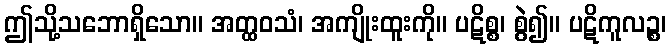
ဤသို့သဘောရှိသော။ အတ္ထဝသံ၊ အကျိုးထူးကို။ ပဋိစ္စ၊ စွဲ၍။ ပဋိကူလဉ္စ၊